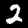
Label: 2